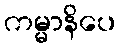
ကမ္မာနိပေ